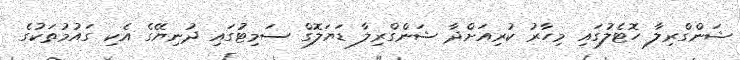
ޝަންގްރިލާ ހޮޓެލުގައި މިހާރު ކުރިއަށްދާ ޝަންގްރިލާ ޑަޔަލޮގް ސަމިޓުގައި ދުނިޔޭގެ އެކި ގައުމުތަކުގެ